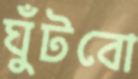
ঘুঁটবো